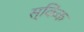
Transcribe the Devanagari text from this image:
स्किंक